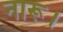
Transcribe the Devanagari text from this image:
नारू।